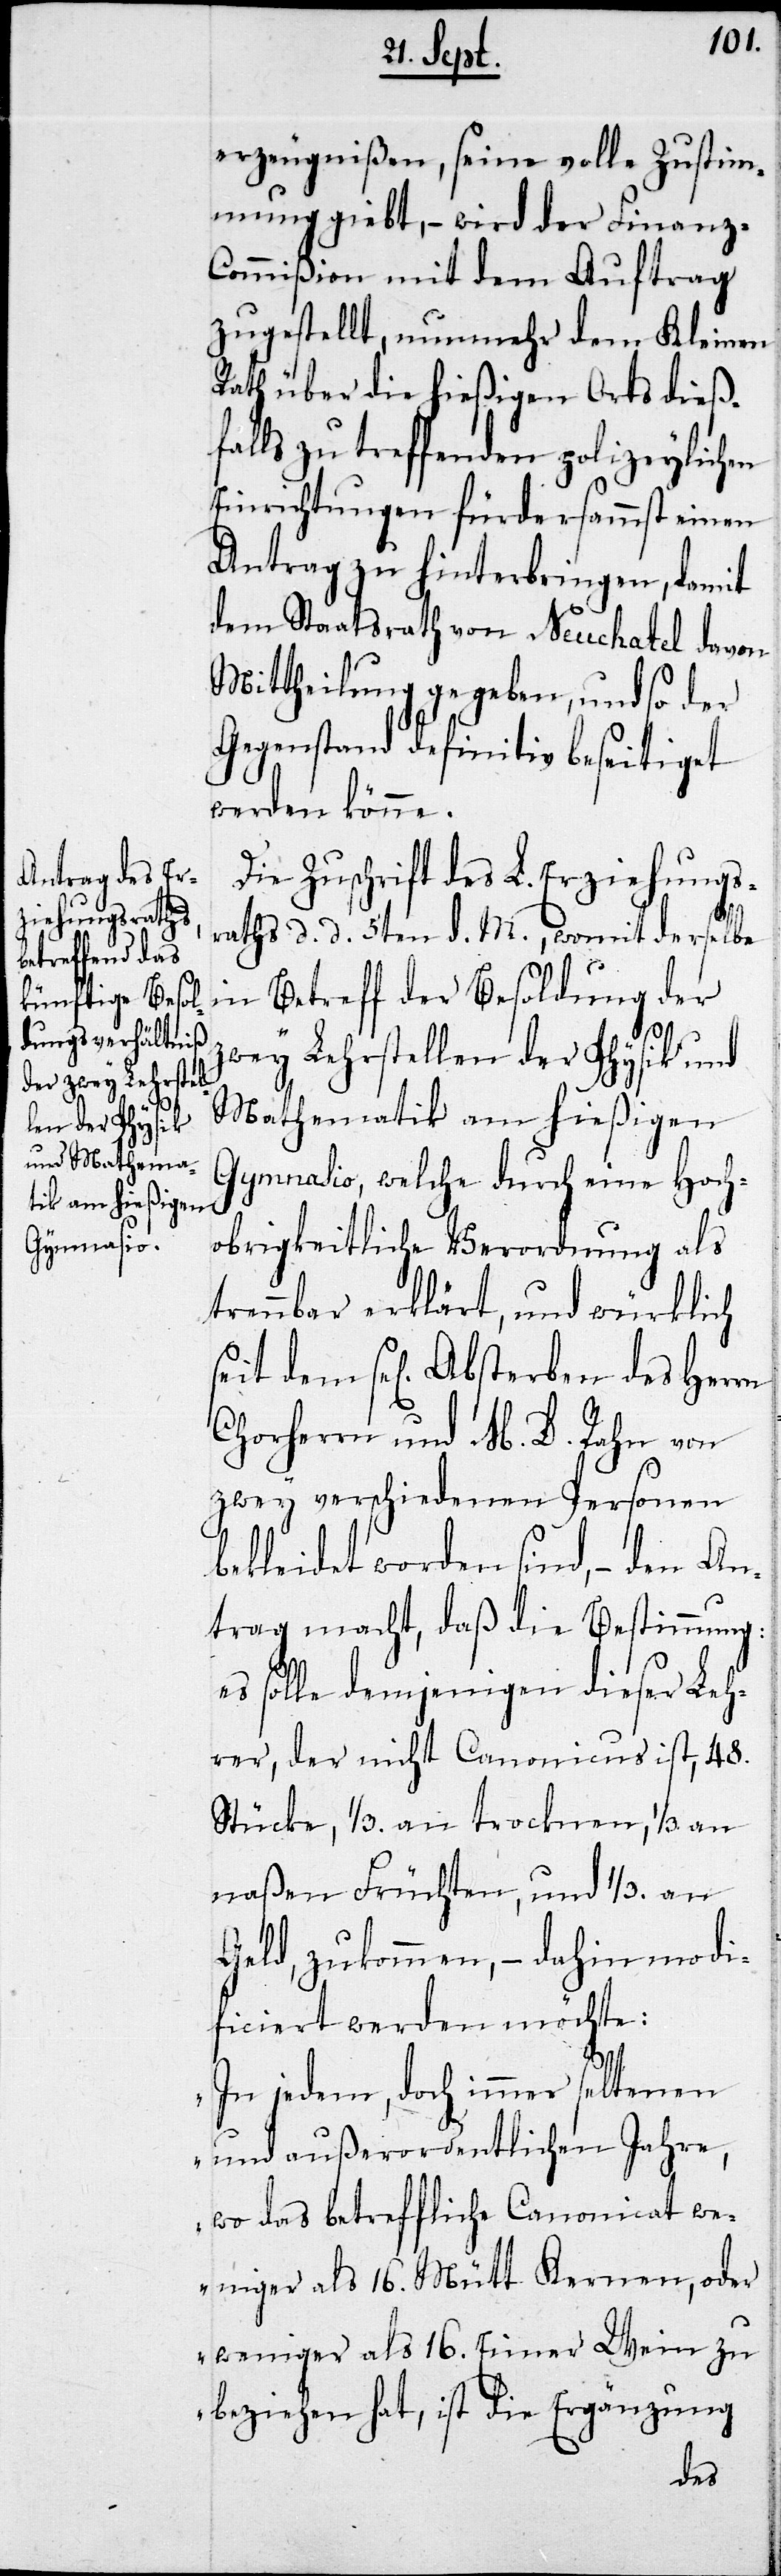
erzeugnißen, seine volle Zustim¬
mung giebt, – wird der Finanz-C¬
ommißion mit dem Auftrag
zugestellt, nunmehr dem Kleinen
Rath über die hießigen Orts dieß¬
falls zu treffenden polizeylichen
Einrichtungen fürdersammst einen
Antrag zu hinterbringen, damit
dem Staatsrath von Neuchatel davon
Mittheilung gegeben, und so der
Gegenstand definitiv beseitiget
werden könne.
Zuschrift des L. Erziehungst¬
aths d. d. 5ten d. M., wormit derselbe
in Betreff der Besoldung der
zwey Lehrstellen der Physik und
Mathematik am hießigen
Gymnasio, welche durch eine Hoch¬
obrigkeitliche Verordnung als
trennbar erklärt, und würklich
seit dem sel. Absterben des Herrn
Chorherrn und M. D. Rahn von
zwey verschiedenen Personen
bekleidet worden sind, – den An¬
trag macht, daß die Bestimmung:
es solle demjenigen dieser Leh¬
rer, der nicht Canonicus ist, 48.
Stücke, 1/3. an trockenen, 1/3. an
naßen Früchten, und 1/3. an
Geld, zukommen, – dahin modi¬
ficiert werden möchte:
„In jedem, doch immer seltenen
und außerordentlichen Jahre,
wo das betreffliche Canonicat we¬
niger als 16. Mütt Kernen, oder
weniger als 16. Eimer Wein zu
beziehen hat, ist die Ergänzung